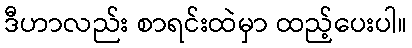
ဒီဟာလည်း စာရင်းထဲမှာ ထည့်ပေးပါ။